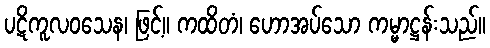
ပဋိကူလဝသေန၊ ဖြင့်။ ကထိတံ၊ ဟောအပ်သော ကမ္မာဋ္ဌန်းသည်။